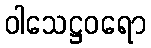
ဝါသေဋ္ဌဝရော